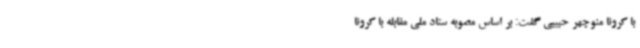
با کرونا منوچهر حبیبی گفت: بر اساس مصوبه ستاد ملی مقابله با کرونا